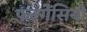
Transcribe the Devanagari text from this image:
फल्गेंसियो